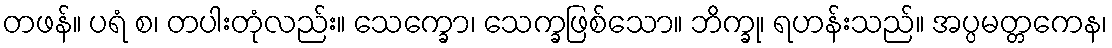
တဖန်။ ပရံ စ၊ တပါးတုံလည်း။ သေက္ခော၊ သေက္ခဖြစ်သော။ ဘိက္ခု၊ ရဟန်းသည်။ အပ္ပမတ္တကေန၊